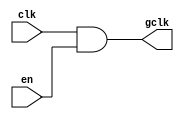
module clock_gating (
    input wire clk,     // Primary clock signal
    input wire en,      // Enable signal
    output wire gclk    // Gated clock signal
);

// AND gate implementation for clock gating
assign gclk = clk & en;

endmodule